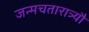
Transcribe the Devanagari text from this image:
जन्मचतारात्र्यौ